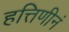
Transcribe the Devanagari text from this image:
हत्तिणीनं